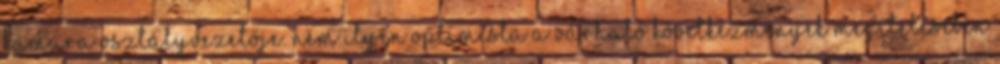
kamara osztályvezetője. Nem ilyen optimista a várható következmények megítélésében